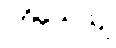
ပဝိသေယျ